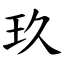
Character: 玖